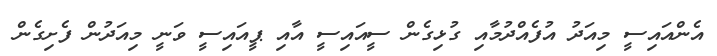
އެންއައިސީ މިއަދު އުފެއްދުމާއި ގުޅިގެން ސީއައިސީ އާއި ޕީއައިސީ ވަނީ މިއަދުން ފެށިގެން